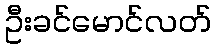
ဦးခင်မောင်လတ်